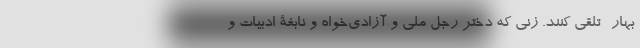
بهار- تلقی کنند. زنی که دختر رجل ملی و آزادی‌خواه و نابغۀ ادبیات و